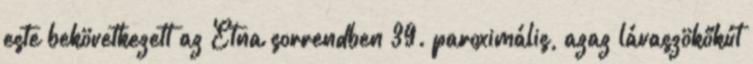
este bekövetkezett az Etna sorrendben 39. paroximális, azaz lávaszökőkút